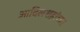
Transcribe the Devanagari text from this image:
आदिलशहांच्या